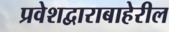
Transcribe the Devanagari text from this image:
प्रवेशद्वाराबाहेरील